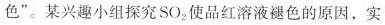
色”。某兴趣小组探究SO_{2}使品红溶液褪色的原因，实